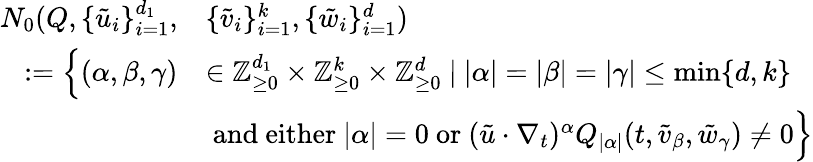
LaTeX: \begin{array}{rl}{N_{0}(Q,\{ \tilde{u}_{i}\} _{i=1}^{d_{1}},}&{\{ \tilde{v}_{i}\} _{i=1}^{k},\{ \tilde{w}_{i}\} _{i=1}^{d})}\\ {:=\Big\{ (\alpha,\beta,\gamma)}&{\in{\mathbb Z}_{\geq 0}^{d_{1}}\times{\mathbb Z}_{\geq 0}^{k}\times{\mathbb Z}_{\geq 0}^{d}\ |\ |\alpha|=|\beta|=|\gamma|\leq\operatorname*{min}\{ d,k\} }\\ &{\mathrm{~and~either~}|\alpha|=0\mathrm{~or~}(\tilde{u}\cdot\nabla_{t})^{\alpha}Q_{|\alpha|}(t,\tilde{v}_{\beta},\tilde{w}_{\gamma})\neq 0\Big\} }\end{array}